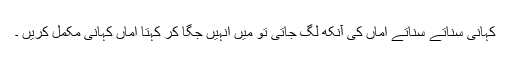
کہانی سناتے سناتے اماں کی آنکھ لگ جاتی تو میں انہیں جگا کر کہتا اماں کہانی مکمل کریں ۔